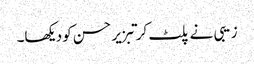
زیبی نے پلٹ کر تبزیر حسن کو دیکھا۔